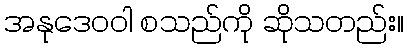
အနုဒေဝဝါ စသည်ကို ဆိုသတည်း။